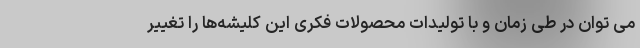
می توان در طی زمان و با تولیدات محصولات فکری این کلیشه‌ها را تغییر